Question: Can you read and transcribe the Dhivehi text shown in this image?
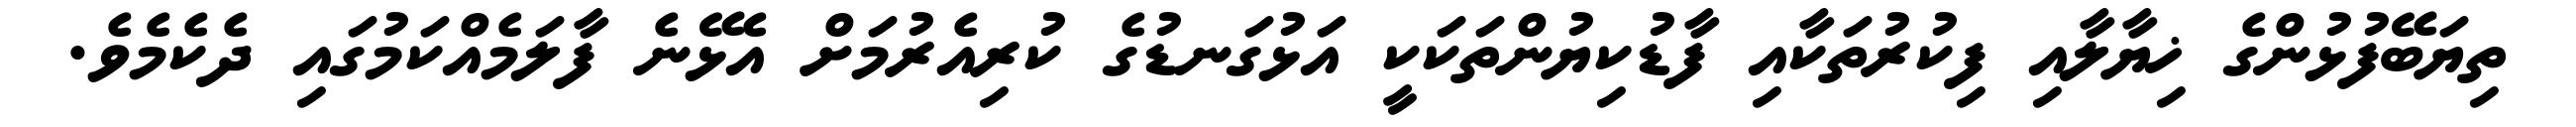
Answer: ތިޔަބޭފުޅުންގެ ޚިޔާލާއި ފިކުރުތަކާއި ފާޑުކިޔުންތަކަކީ އަޅުގަނޑުގެ ކުރިއެރުމަށް އެޅޭނެ ފާލަމެއްކަމުގައި ދެކެމެވެ.